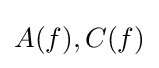
A(f),C(f)